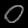
Digit: ၀